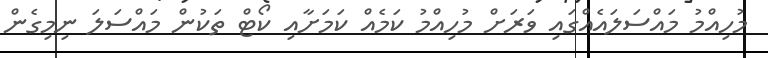
މުހިއްމު މައްސަލައެއްގައި ވަރަށް މުހިއްމު ކަމެއް ކަމަށާއި ކޯޓް ތަކުން މައްސަލަ ނިމިގެން